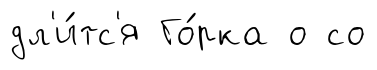
дл'и́тс'я Го́рка о со